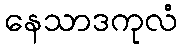
နေသာဒကုလံ